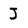
Character: J